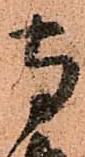
寺